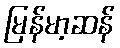
မြန်မာ့ဆန်